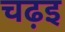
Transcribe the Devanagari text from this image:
चढ़इ